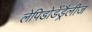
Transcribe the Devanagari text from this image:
लेपिडोडेंड्रैलीज